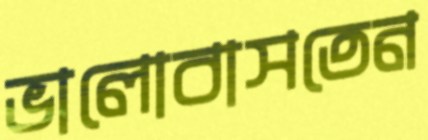
ভালোবাসতেন